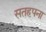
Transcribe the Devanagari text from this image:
सतहपना